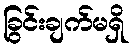
ခြွင်းချက်မရှိ